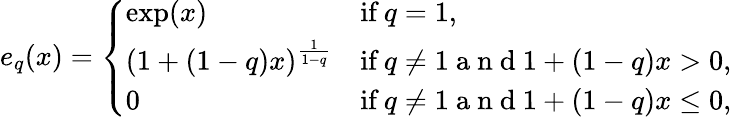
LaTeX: e_{q}(x)=\left\{ \begin{array}{ll}{\exp(x)}&{\textrm{if}\ q=1,}\\ {(1+(1-q)x)^{\frac{1}{1-q}}}&{\textrm{if}\ q\neq 1\mathrm{~a~n~d~}1+(1-q)x>0,}\\ {0}&{\textrm{if}\ q\neq 1\mathrm{~a~n~d~}1+(1-q)x\leq 0,}\end{array}\right.